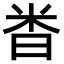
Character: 𫂵